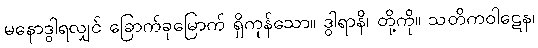
မနောဒွါရလျှင် ခြောက်ခုမြောက် ရှိကုန်သော။ ဒွါရာနိ၊ တို့ကို။ သတိကဝါဋေန၊